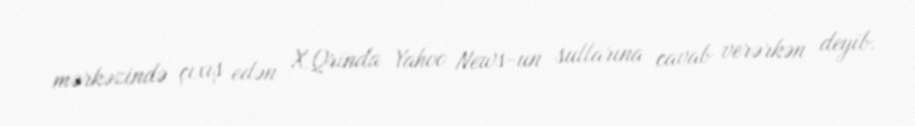
mərkəzində çıxış edən X.Qrinda Yahoo News-un sullarına cavab verərkən deyib.